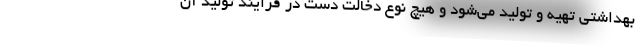
بهداشتی تهیه و تولید می‌شود و هیچ نوع دخالت دست در فرایند تولید آن